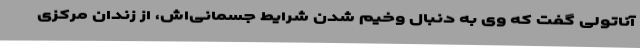
آناتولی گفت که وی به دنبال وخیم شدن شرایط جسمانی‌اش، از زندان مرکزی